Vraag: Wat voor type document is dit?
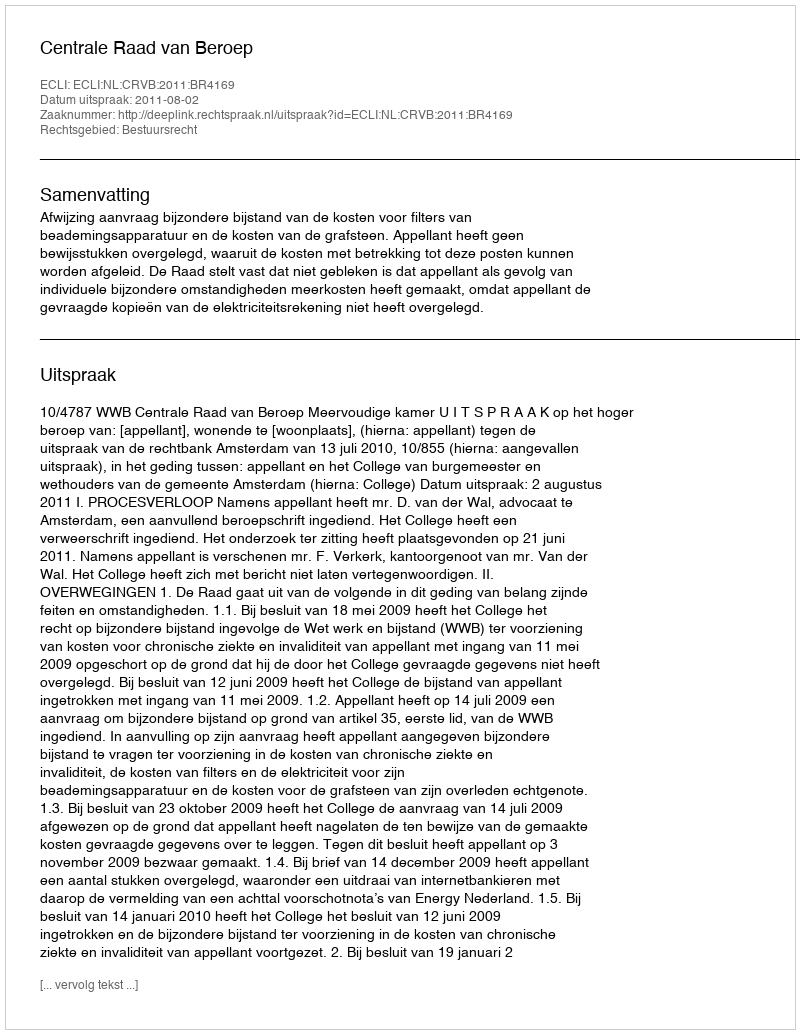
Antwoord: Uitspraak